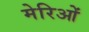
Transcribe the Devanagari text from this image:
मेरिओं